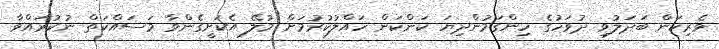
ވެރިކަން ބަދަލުވި ދުވަހުގެ ހިންގަމުންދިޔަ ކަންކަން ހައްލުކުރުމަށް މުލޭ އެކަށީގެންވާ މަސައްކަތް ނުކުރައްވާ